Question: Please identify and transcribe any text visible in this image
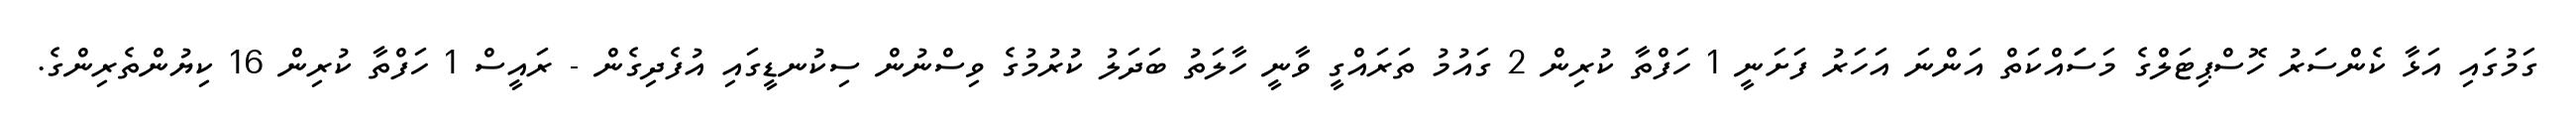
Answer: ގަމުގައި އަޅާ ކެންސަރު ހޮސްޕިޓަލްގެ މަސަައްކަތް އަންނަ އަހަރު ފަށަނީ 1 ހަފްތާ ކުރިން 2 ގައުމު ތަރައްގީ ވާނީ ހާލަތު ބަދަލު ކުރުމުގެ ވިސްނުން ސިކުނޑީގައި އުފެދިގެން - ރައީސް 1 ހަފްތާ ކުރިން 16 ކިޔުންތެރިންގެ.